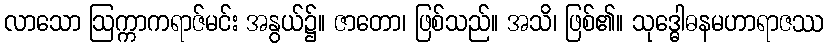
လာသော ဩက္ကာကရာဇ်မင်း အနွယ်၌။ ဇာတော၊ ဖြစ်သည်။ အသိ၊ ဖြစ်၏။ သုဒ္ဓေါဓနမဟာရာဇဿ